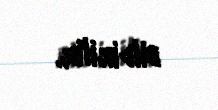
bildirilir.